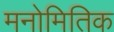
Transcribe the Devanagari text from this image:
मनोमितिक